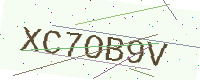
Text: XC7OB9V